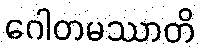
ဂေါတမဿာတိ